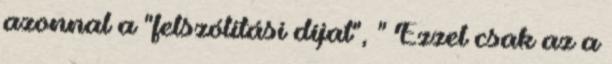
azonnal a "felszólítási díjat", " Ezzel csak az a